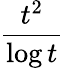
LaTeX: \frac{t^{2}}{\log t}